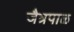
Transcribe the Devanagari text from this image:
जैत्रपाळ